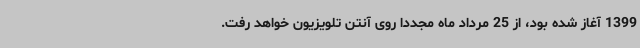
1399 آغاز شده بود، از 25 مرداد ماه مجددا روی آنتن تلویزیون خواهد رفت.